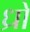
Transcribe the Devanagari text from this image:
ध्रो